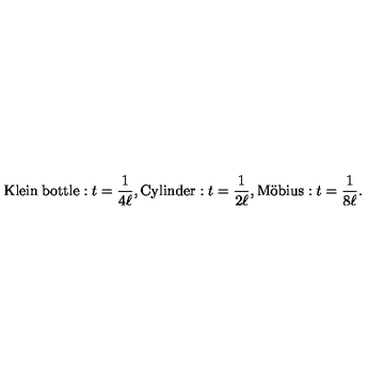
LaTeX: \mathrm { K l e i n \: b o t t l e } : t = \frac { 1 } { 4 \ell } , \mathrm { C y l i n d e r } : t = \frac { 1 } { 2 \ell } , \mathrm { M \ddot { o } b i u s } : t = \frac { 1 } { 8 \ell } .